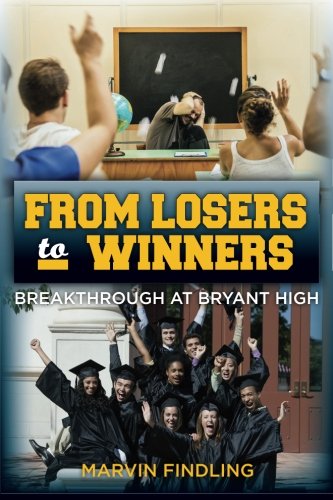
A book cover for From Losers to Winners: Breakthrough at Bryant High; Marvin Findling; Biographies & Memoirs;